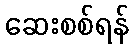
ဆေးစစ်ရန်